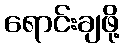
ရောင်းချဖို့